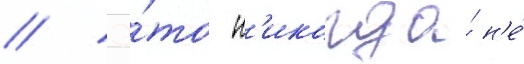
// Э́то н'икогда́ н'е́